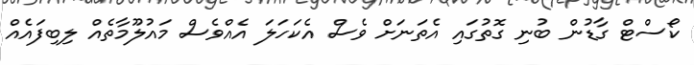
ކޯސްޓް ގާޑުން ބުނި ގޮތުގައި އެތަނަށް ވެސް އެކަަހަލަ އެއްވެސް މައުލޫމާތެއް ލިބިފައެއް